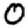
Digit: 0